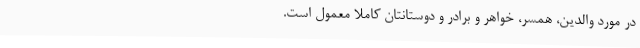
در مورد والدین، همسر، خواهر و برادر و دوستانتان کاملاً معمول است.